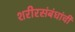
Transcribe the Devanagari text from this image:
शरीरसंबंधांची